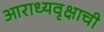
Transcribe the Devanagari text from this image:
आराध्यवृक्षाची